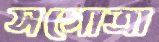
সগোত্রা